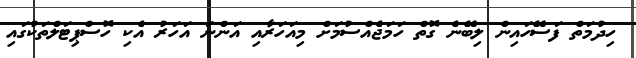
ހިދުމަތް ފަސޭހައިން ލިބޭނެ ގޮތް ހަމަޖެއްސުމަށް މިއަހަރާއި އަންނަ އަހަރު އެކި ހޮސްޕިޓަލްތަކުގައި